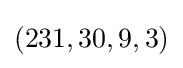
(231,30,9,3)